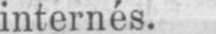
internés.